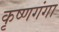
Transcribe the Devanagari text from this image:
कृष्णगंगा